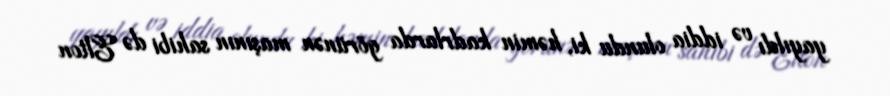
yayıldı və iddia olundu ki, həmin kadrlarda görünən maşının sahibi də Elton